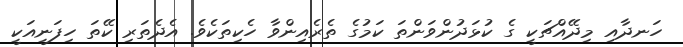
ހަނދާއި މިދޭއްޗަކީ ގެ ކުޅަދުންވަންތަ ކަމުގެ ތެރެއިންވާ ހެކިތަކެވެ. އެދެތަރި ކޭތަ ހިފަނީއަކީ